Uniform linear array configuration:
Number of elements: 64
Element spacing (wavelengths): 0.25
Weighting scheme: binomial
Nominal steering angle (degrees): -45
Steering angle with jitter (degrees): -45.118
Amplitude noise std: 0.05
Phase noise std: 0.05

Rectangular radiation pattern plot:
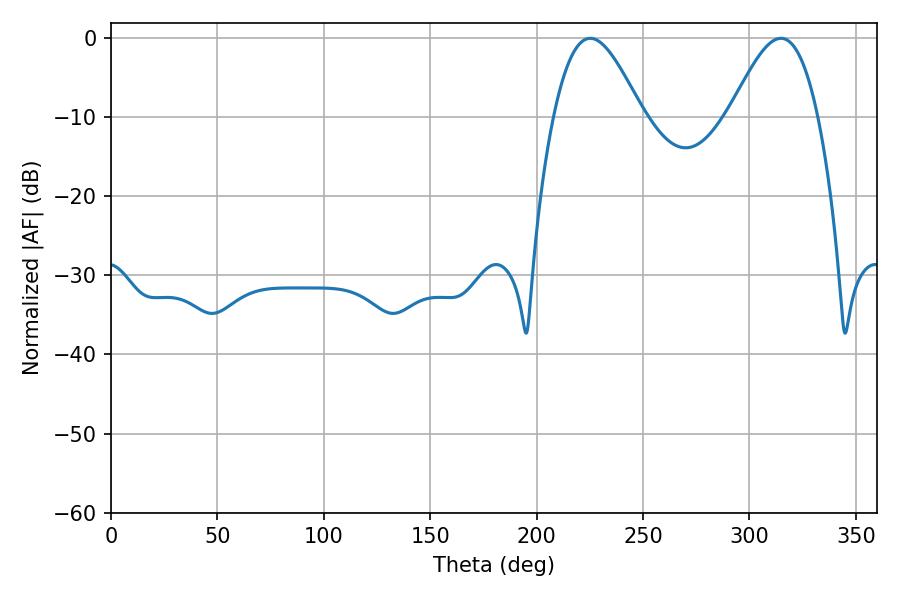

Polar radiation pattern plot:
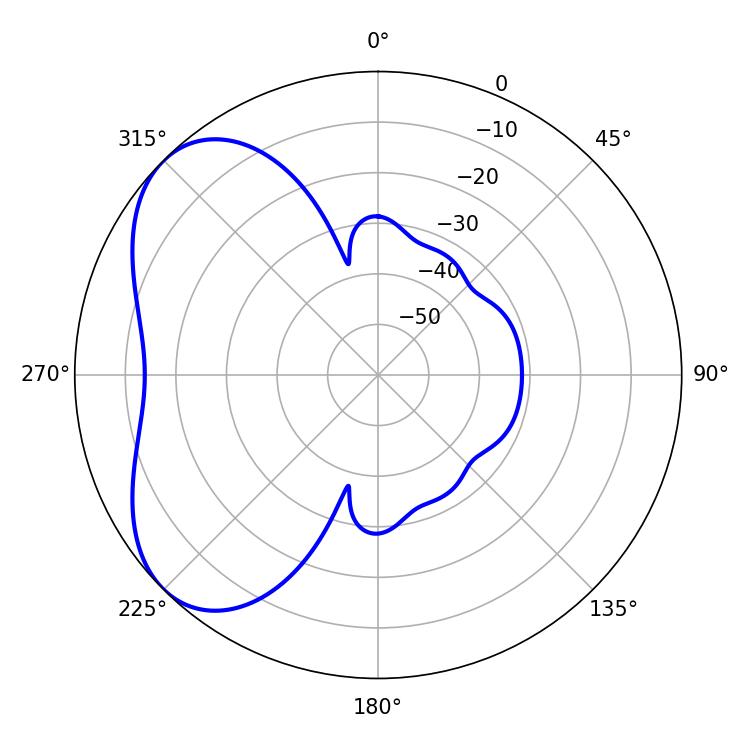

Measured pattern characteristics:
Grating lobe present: FALSE
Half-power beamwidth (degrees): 22.14
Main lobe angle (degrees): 225.18